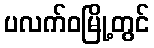
ပလက်ဝမြို့တွင်